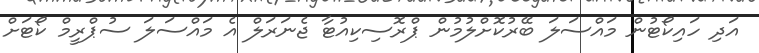
އަދި ހައިކޯޓުން މައްސަލަ ބޭރުކޮށްލުމުން ޕްރޮސިކިއުޓާ ޖެނަރަލް އެ މައްސަލަ ސުޕްރީމް ކޯޓަށް